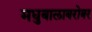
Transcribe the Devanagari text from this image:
मधुबालाबरोबर